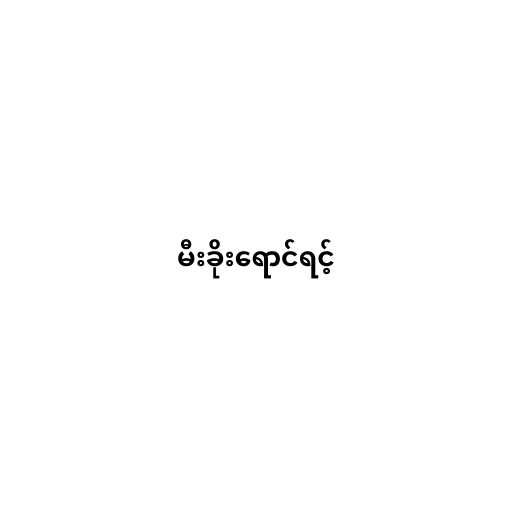
မီးခိုးရောင်ရင့်